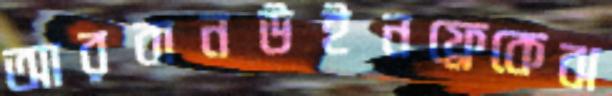
আরবানউইনফ্রেকেঝ